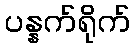
ပန္နက်ရိုက်